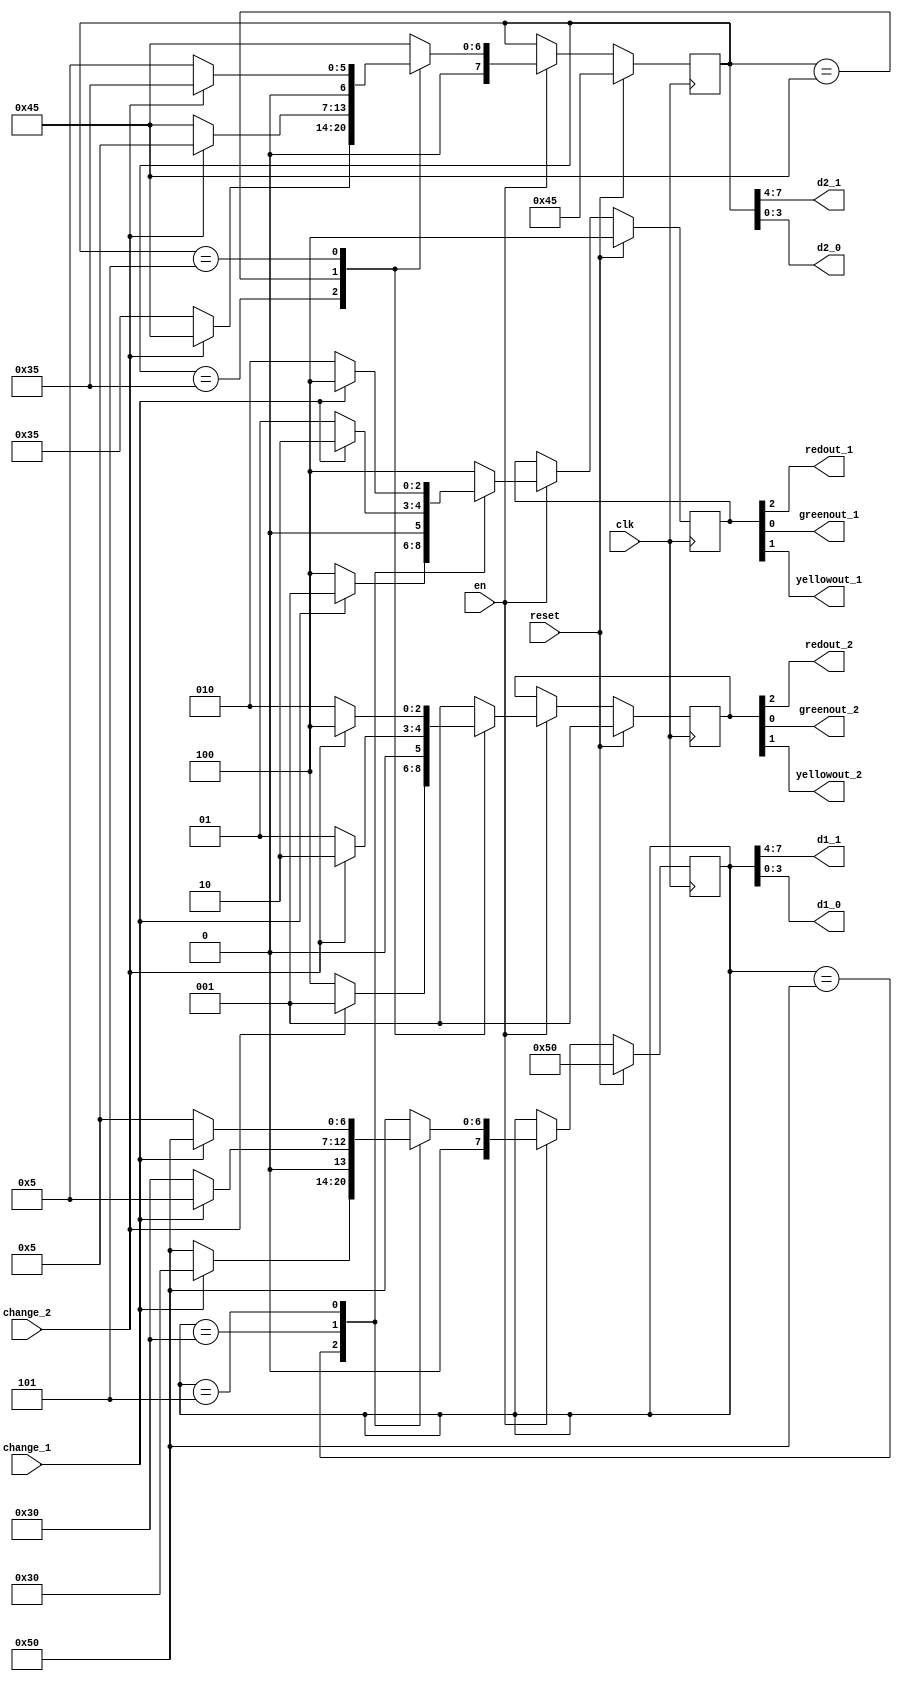
`timescale 1ns / 1ps
//////////////////////////////////////////////////////////////////////////////////
// Company: 
// Engineer: 
// 
// Design Name: 
// Module Name: fsm_lights
// Project Name: 
// Target Devices: 
// Tool Versions: 
// Description: 
// 
// Dependencies: 
// 
// Revision:
// Revision 0.01 - File Created
// Additional Comments:
// 
//////////////////////////////////////////////////////////////////////////////////


module fsm_lights
    (
    input clk,
    input reset,
    input change_2, //change
    input change_1,
    input en, //
    output redout_1,redout_2, //led21
    output greenout_1,greenout_2,
    output yellowout_1,yellowout_2,
    output [3:0] d2_1,d2_0,d1_1,d1_0 //d2_0,d2_12d1_0,d1_11
    );
    
    reg [7:0] time_reg_2,time_reg_1; //
    reg [7:0] time_next_2,time_next_1;
    reg [2:0] lights_reg_2,lights_reg_1;
    reg [2:0] lights_next_2,lights_next_1;
    parameter [2:0] red = 3'b100; //lights_regout
    parameter [2:0] yellow = 3'b010;
    parameter [2:0] green = 3'b001;
    parameter time_red_2 = 8'b0011_0101; //red2 35  
    parameter time_yellow_2 = 8'b0000_0101; //yellow2 5
    parameter time_green_2 = 8'b0100_0101; //green2 45
    parameter time_red_1 = 8'b0101_0000; //red1 50 
    parameter time_yellow_1 = 8'b0000_0101; //yellow1 5
    parameter time_green_1 = 8'b0011_0000; //green1 30
    parameter time_emergency = 8'b1000_1000; //88 
    
    //
    always@(posedge clk) begin
            time_reg_2 <= time_next_2;
            time_reg_1 <= time_next_1;
            lights_reg_2 <= lights_next_2;
            lights_reg_1 <= lights_next_1;
    end
    
    //2
    always@(*) begin
        time_next_2 = time_reg_2;
        lights_next_2 = lights_reg_2;
        if(reset) begin
            time_next_2 <= time_green_2; //
            lights_next_2 <= green; 
        end else if(en) begin
            case(time_reg_2)
            time_red_2 : 
                if(change_2) begin
                    time_next_2 = time_green_2;
                    lights_next_2 = green;
                end else begin
                    time_next_2 = time_red_2;
                    lights_next_2 = red;
                end
            time_green_2 : 
                if(change_2) begin
                    time_next_2 = time_yellow_2;
                    lights_next_2 = yellow;
                end else begin
                    time_next_2 = time_green_2;
                    lights_next_2 = green;
                end
            time_yellow_2 : 
                if(change_2) begin
                    time_next_2 = time_red_2;
                    lights_next_2 = red;
                end else begin
                    time_next_2 = time_yellow_2;
                    lights_next_2 = yellow;
                end
            default : begin
                    time_next_2 = time_green_2;
                    lights_next_2 = green;
                end
            endcase
        end
    end
        
    //1
    always@(*) begin
        time_next_1 = time_reg_1;
        lights_next_1 = lights_reg_1;
        if(reset) begin
            time_next_1 <= time_red_1; //
            lights_next_1 <= red;
        end else if(en) begin
            case(time_reg_1)
            time_red_1 : 
                if(change_1) begin
                    time_next_1 = time_green_1;
                    lights_next_1 = green;
                end else begin
                    time_next_1 = time_red_1;
                    lights_next_1 = red;
                end
            time_green_1 : 
                if(change_1) begin
                    time_next_1 = time_yellow_1;
                    lights_next_1 = yellow;
                end else begin
                    time_next_1 = time_green_1;
                    lights_next_1 = green;
                end
            time_yellow_1 : 
                if(change_1) begin
                    time_next_1 = time_red_1;
                    lights_next_1 = red;
                end else begin
                    time_next_1 = time_yellow_1;
                    lights_next_1 = yellow;
                end
            default : begin
                    time_next_1 = time_red_1;
                    lights_next_1 = red;
                end
            endcase
        end
    end
    
    //
    assign {d2_1,d2_0,d1_1,d1_0} = {time_reg_2,time_reg_1};
    assign redout_2 = lights_reg_2[2];
    assign yellowout_2 = lights_reg_2[1];
    assign greenout_2 = lights_reg_2[0];
    assign redout_1 = lights_reg_1[2];
    assign yellowout_1 = lights_reg_1[1];
    assign greenout_1 = lights_reg_1[0];
endmodule